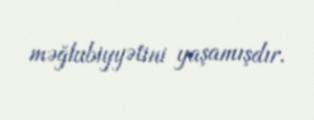
məğlubiyyətini yaşamışdır.